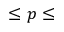
\leq p \leq